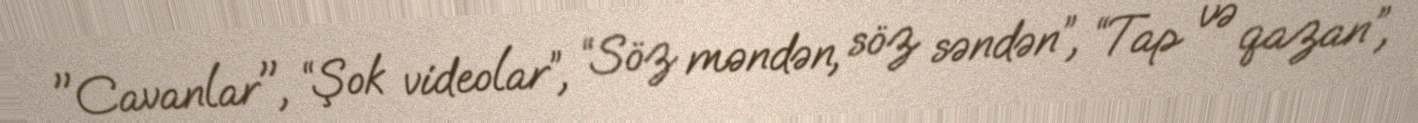
"Cavanlar", “Şok videolar”, “Söz məndən, söz səndən”, “Tap və qazan”,